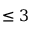
\leq 3